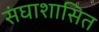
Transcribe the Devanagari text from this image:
संघाशासित